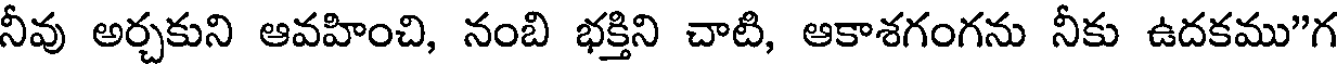
నీవు అర్చకుని ఆవహించి, నంబి భక్తిని చాటి, ఆకాశగంగను నీకు ఉదకము"గ